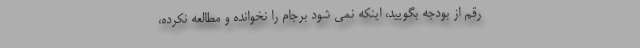
رقم از بودجه بگویید، اینکه نمی شود برجام را نخوانده و مطالعه نکرده،